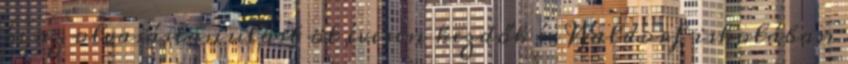
és az olvasástanulást öt évesen kezdők és Waldorf iskolában